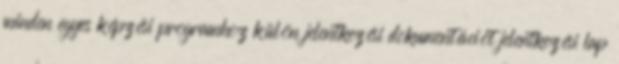
minden egyes képzési programhoz külön jelentkezési dokumentációt jelentkezési lap